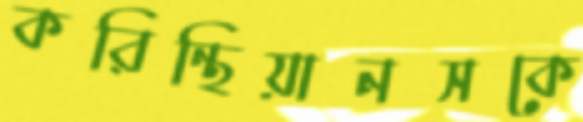
করিন্থিয়ানসকে